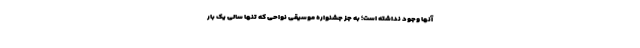
آنها وجود نداشته است؛ به جز جشنواره موسیقی نواحی که تنها سالی یک بار